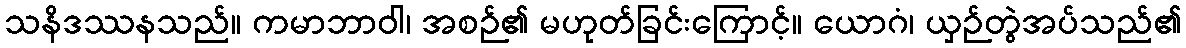
သနိဒဿနသည်။ ကမာဘာဝါ၊ အစဉ်၏ မဟုတ်ခြင်းကြောင့်။ ယောဂံ၊ ယှဉ်တွဲအပ်သည်၏